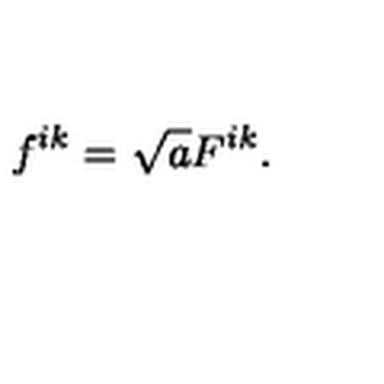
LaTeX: f ^ { i k } = \sqrt { a } F ^ { i k } .